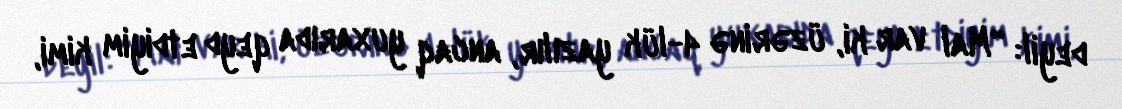
deyil: “Mal var ki, üzərinə 4-lük yazılır, ancaq yuxarıda qeyd etdiyim kimi,